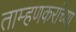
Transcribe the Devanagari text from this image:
ताम्हणकरांच्या